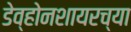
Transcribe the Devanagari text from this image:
डेव्होनशायरच्या